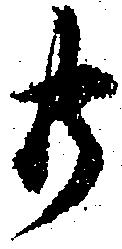
共